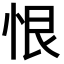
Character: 恨